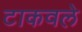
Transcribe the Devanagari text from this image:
टाकवले